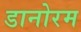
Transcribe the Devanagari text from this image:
डानोरम